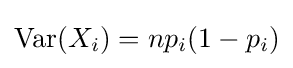
\operatorname {Var} (X_{i})=np_{i}(1-p_{i})